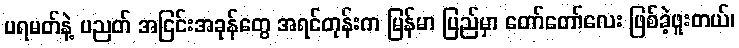
ပရမတ်နဲ့ ပညတ် အငြင်းအခုန်တွေ အရင်တုန်းက မြန်မာ ပြည်မှာ တော်တော်လေး ဖြစ်ခဲ့ဖူးတယ်၊